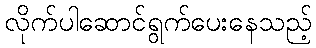
လိုက်ပါဆောင်ရွက်ပေးနေသည့်